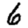
Digit: 6